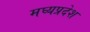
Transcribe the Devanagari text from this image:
मघ्‍यप्रदेश